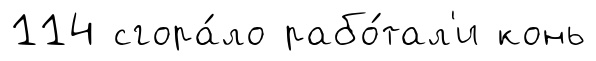
114 сгора́ло рабо́тал'и конь